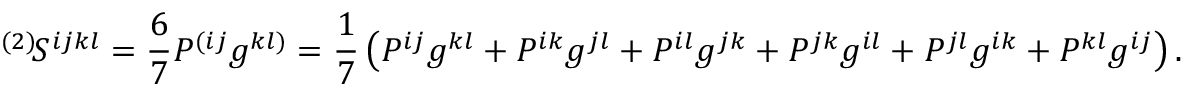
{ } ^ { ( 2 ) } \! S ^ { i j k l } = \frac 6 7 P ^ { ( i j } g ^ { k l ) } = \frac 1 7 \left( P ^ { i j } g ^ { k l } + P ^ { i k } g ^ { j l } + P ^ { i l } g ^ { j k } + P ^ { j k } g ^ { i l } + P ^ { j l } g ^ { i k } + P ^ { k l } g ^ { i j } \right) .